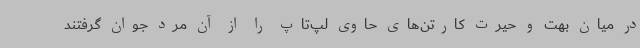
در میان بهت و حیرت کارتن‌های حاوی لپ‌تاپ را از آن مرد جوان گرفتند